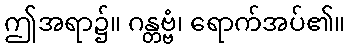
ဤအရာ၌။ ဂန္တဗ္ဗံ၊ ရောက်အပ်၏။